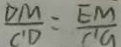
\frac { D M } { C ^ { \prime } D } = \frac { E M } { C ^ { \prime } G }